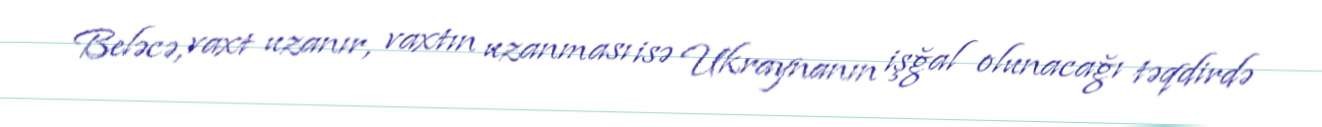
Beləcə, vaxt uzanır, vaxtın uzanması isə Ukraynanın işğal olunacağı təqdirdə